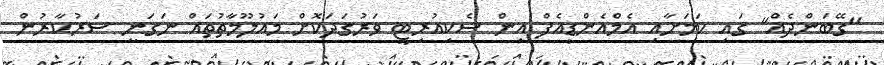
"ގޭބަންދެއް" ގައި ކަމަށާއި އެމްއެންޑީއެފް އިން ސެކިއުރިޓީ ވަރުގަދަކޮށް މައުލޫމާތުތައް ނަގަނީ ސަރުކާރުން